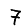
Digit: 7